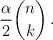
LaTeX: \begin{align*} \frac{\alpha}{2}\binom{n}{k}\,.\end{align*}